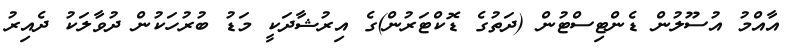
އާއްމު އުސޫލުން ޑެންޓިސްޓުން (ދަތުގެ ޑޮކްޓަރުން)ގެ އިރުޝާދަކީ މަޑު ބުރުހަކުން ދުވާލަކު ދެއިރު